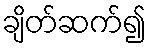
ချိတ်ဆက်၍